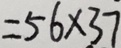
= 5 6 \times 3 7